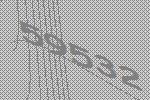
59532